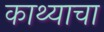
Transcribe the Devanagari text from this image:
काथ्याचा